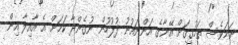
ނަމަވެސް ތަހުގީގަށް އޭނާގެ އަންނައުނު ފުލުހުން ނުގެންދާ ކަމަށް އެ އާއިލާ އިން